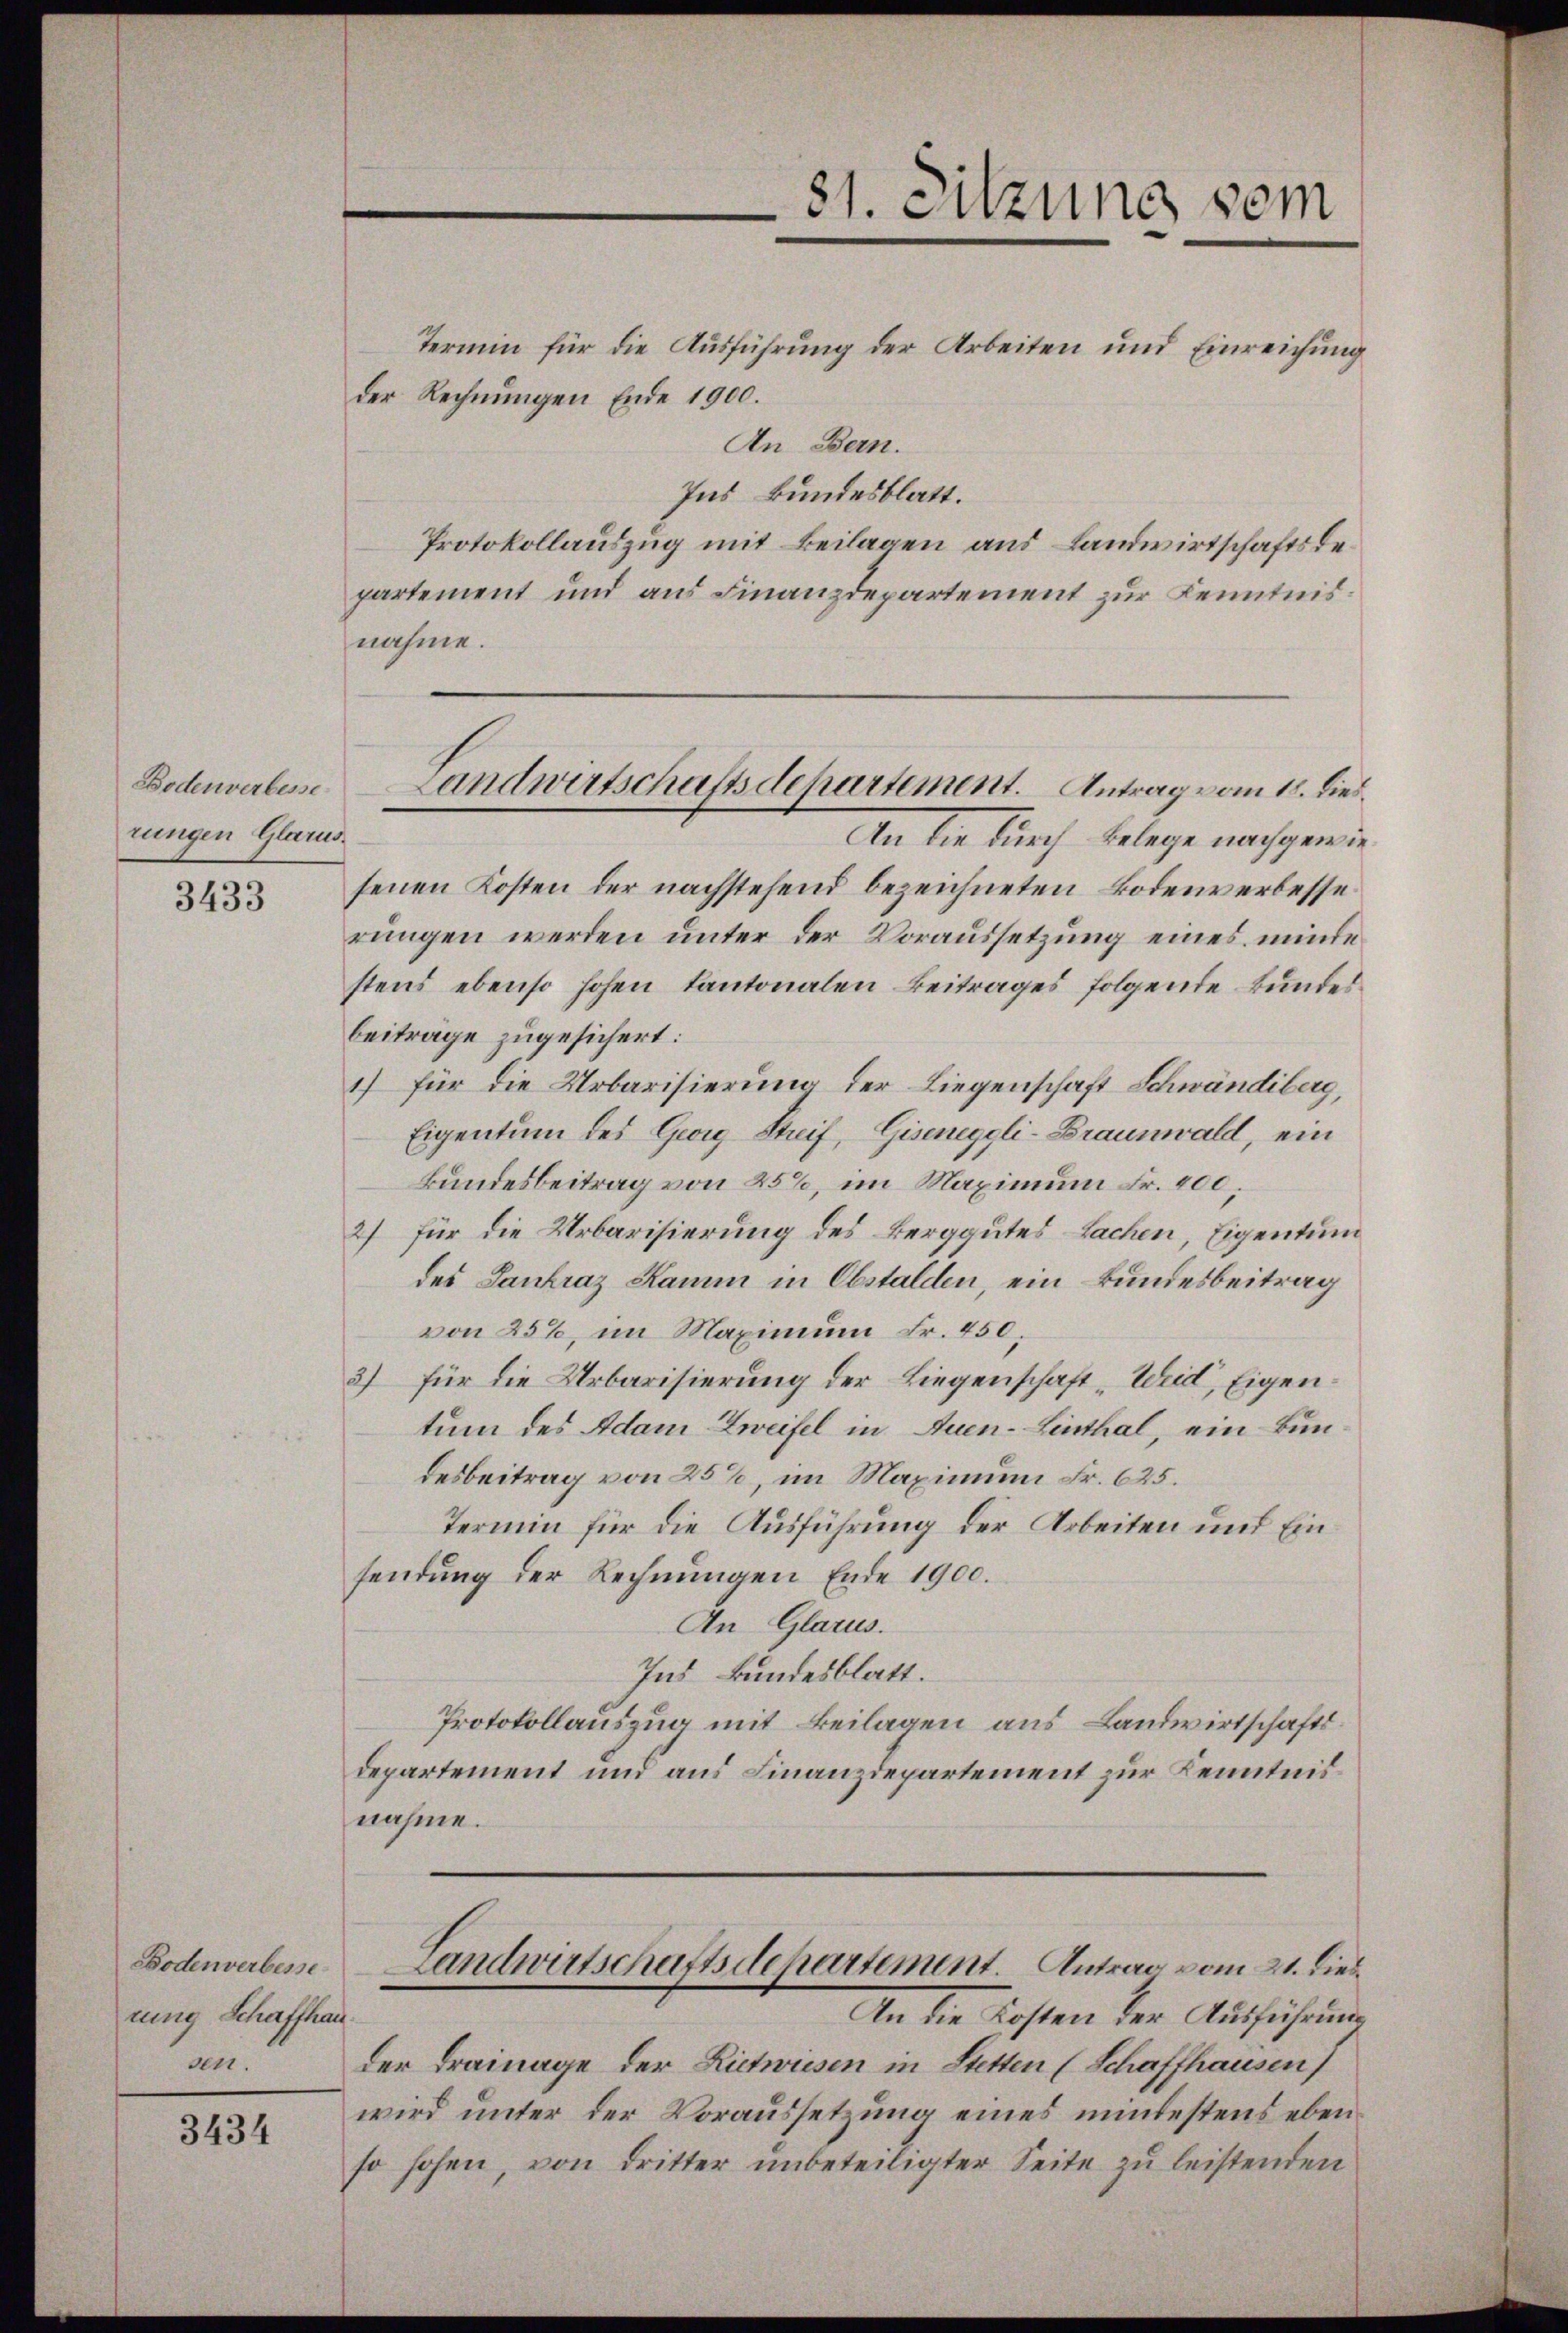
Bodenverbesse
rungen Glarus.

3433

Bodenverbesse
rung Schaffhau
an

3434

81. Sitzung sein

Landwirtschaftsdepartement. Antrag vom 18. Dies.

Termin für die Ausführung der Arbeiten und Einreichung
der Rechnungen Ende 1900.
An Bern.
Ins Bundesblatt.
Protokollauszug mit Beilagen aus Landwirtschaftsdepartement und aus Finanzdepartement zur Kenntnis.
nahme.
An die durch Belege nachgewiesenen Kosten der nachstehend bezeichneten Bodenverbesse
rungen werden unter der Voraussetzung eines münde
stens ebenso hohen Kantonalen Beitrages folgende Bundesbeiträge zugesichert:
1) für die Urbarisierung der Liegenschaft Schwändiberg,
Eigentum des Georg Streif, Giseneggli-Braunwald, ein
Bundesbeitrag von 25%, im Maximum Fr. 400,
2) für die Urbarisierung des Berggutes Sachen, Eigentum
des Gantraz Hamm in Abstalden, ein Bundesbeitrag
von 25%, im Maximum Fr. 450,
2) für die Urbarisierung der Liegenschaft „Weidl, Eigentum des Adam Zweifel in Auen-Linthal, ein Bundesbeitrag von 25%, im Maximum Fr. 625.
Termin für die Ausführung der Arbeiten und Einsendung der Rechnungen Ende 1900.
An Glarus.
Ind Bundesblatt.
Protokollauszug mit Beilagen aus Landwirtschafts¬
Departement und aus Finanzdepartement zur Kenntnisnahme.
Landwirtschaftsdepartement. Antrag vom 21. dies
An die Kosten der Ausführung
der Trainage der Rietwiesen in Stetten (Schaffhausen)
wird unter der Voraussetzung eines mintestens eben
so hohen, von dritter unbeteiligter Seite zu leistenden